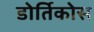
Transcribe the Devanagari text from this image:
डोर्तिकोस